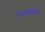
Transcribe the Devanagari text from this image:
हळदीबाईच